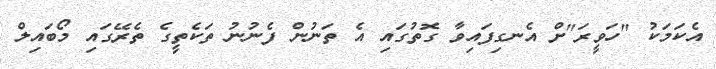
އެކަމަކު "ހަވީރަ"ށް އެނގިފައިވާ ގޮތުގައި އެ ތަނުން ފެނުނު ތަކެތީގެ ތެރޭގައި މޯބައިލް